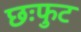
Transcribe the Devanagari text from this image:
छःफुट